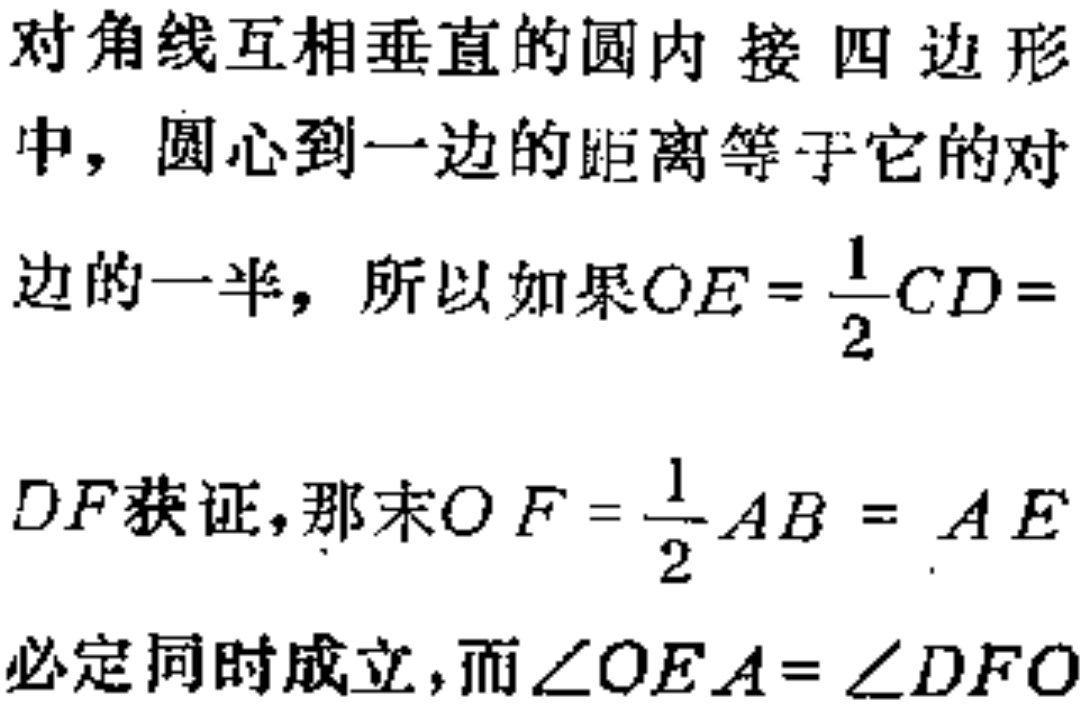
对角线互相垂直的圆内 接 四 边 形
中，圆心到一边的距离等于它的对
边的一半，所以如果$OE = \frac{1}{2}CD =$
$DF$获证，那末$OF = \frac{1}{2}AB = AE$
必定同时成立，而$\angle OEA = \angle DFO$